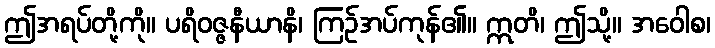
ဤအရပ်တို့ကို။ ပရိဝဇ္ဇနီယာနိ၊ ကြဉ်အပ်ကုန်၏။ ဣတိ၊ ဤသို့။ အဝေါစ၊